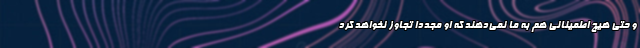
و حتی هیچ اطمینانی هم به ما نمی‌دهند که او مجددا تجاوز نخواهد کرد